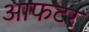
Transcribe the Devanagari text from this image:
आफटर